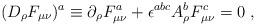
LaTeX: \begin{align*}(D_\rho F_{\mu \nu})^a \equiv \partial_\rho F_{\mu \nu}^a +\epsilon^{abc}A_{\rho}^{b}F_{\mu \nu}^c = 0 \ , \end{align*}